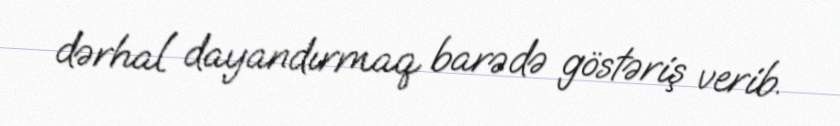
dərhal dayandırmaq barədə göstəriş verib.